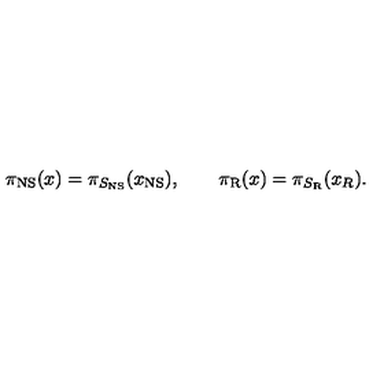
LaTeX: \pi _ { \mathrm { N S } } ( x ) = \pi _ { S _ { \mathrm { N S } } } ( x _ { \mathrm { N S } } ) , \qquad \pi _ { \mathrm { R } } ( x ) = \pi _ { S _ { \mathrm { R } } } ( x _ { R } ) .